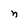
Character: n